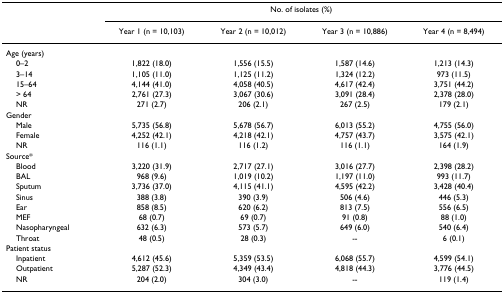
<table><thead><tr><td></td><td colspan="4"><b>No. of isolates (%)</b></td></tr><tr><td></td><td><b>Year 1 (n = 10,103)</b></td><td><b>Year 2 (n = 10,012)</b></td><td><b>Year 3 (n = 10,886)</b></td><td><b>Year 4 (n = 8,494)</b></td></tr></thead><tbody><tr><td>Age (years)</td><td></td><td></td><td></td><td></td></tr><tr><td> 0–2</td><td>1,822 (18.0)</td><td>1,556 (15.5)</td><td>1,587 (14.6)</td><td>1,213 (14.3)</td></tr><tr><td> 3–14</td><td>1,105 (11.0)</td><td>1,125 (11.2)</td><td>1,324 (12.2)</td><td>973 (11.5)</td></tr><tr><td> 15–64</td><td>4,144 (41.0)</td><td>4,058 (40.5)</td><td>4,617 (42.4)</td><td>3,751 (44.2)</td></tr><tr><td> &gt; 64</td><td>2,761 (27.3)</td><td>3,067 (30.6)</td><td>3,091 (28.4)</td><td>2,378 (28.0)</td></tr><tr><td> NR</td><td>271 (2.7)</td><td>206 (2.1)</td><td>267 (2.5)</td><td>179 (2.1)</td></tr><tr><td>Gender</td><td></td><td></td><td></td><td></td></tr><tr><td> Male</td><td>5,735 (56.8)</td><td>5,678 (56.7)</td><td>6,013 (55.2)</td><td>4,755 (56.0)</td></tr><tr><td> Female</td><td>4,252 (42.1)</td><td>4,218 (42.1)</td><td>4,757 (43.7)</td><td>3,575 (42.1)</td></tr><tr><td> NR</td><td>116 (1.1)</td><td>116 (1.2)</td><td>116 (1.1)</td><td>164 (1.9)</td></tr><tr><td>Source*</td><td></td><td></td><td></td><td></td></tr><tr><td> Blood</td><td>3,220 (31.9)</td><td>2,717 (27.1)</td><td>3,016 (27.7)</td><td>2,398 (28.2)</td></tr><tr><td> BAL</td><td>968 (9.6)</td><td>1,019 (10.2)</td><td>1,197 (11.0)</td><td>993 (11.7)</td></tr><tr><td> Sputum</td><td>3,736 (37.0)</td><td>4,115 (41.1)</td><td>4,595 (42.2)</td><td>3,428 (40.4)</td></tr><tr><td> Sinus</td><td>388 (3.8)</td><td>390 (3.9)</td><td>506 (4.6)</td><td>446 (5.3)</td></tr><tr><td> Ear</td><td>858 (8.5)</td><td>620 (6.2)</td><td>813 (7.5)</td><td>556 (6.5)</td></tr><tr><td> MEF</td><td>68 (0.7)</td><td>69 (0.7)</td><td>91 (0.8)</td><td>88 (1.0)</td></tr><tr><td> Nasopharyngeal</td><td>632 (6.3)</td><td>573 (5.7)</td><td>649 (6.0)</td><td>540 (6.4)</td></tr><tr><td> Throat</td><td>48 (0.5)</td><td>28 (0.3)</td><td>--</td><td>6 (0.1)</td></tr><tr><td>Patient status</td><td></td><td></td><td></td><td></td></tr><tr><td> Inpatient</td><td>4,612 (45.6)</td><td>5,359 (53.5)</td><td>6,068 (55.7)</td><td>4,599 (54.1)</td></tr><tr><td> Outpatient</td><td>5,287 (52.3)</td><td>4,349 (43.4)</td><td>4,818 (44.3)</td><td>3,776 (44.5)</td></tr><tr><td> NR</td><td>204 (2.0)</td><td>304 (3.0)</td><td>--</td><td>119 (1.4)</td></tr></tbody></table>